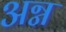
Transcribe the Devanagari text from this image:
अग्न